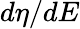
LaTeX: d\eta/dE